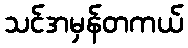
သင်အမှန်တကယ်